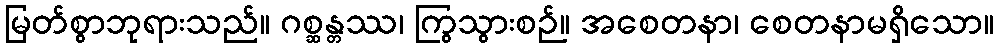
မြတ်စွာဘုရားသည်။ ဂစ္ဆန္တဿ၊ ကြွသွားစဉ်။ အစေတနာ၊ စေတနာမရှိသော။